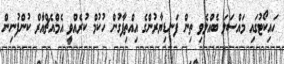
ހައިކޯޓުގައި މައްސަލަ ބެއްލެވި ތިން ފަނޑިޔާރުންގެ އިއްތިފާގުން ހުކުމް ކުރެއްވީ އެމްއެޗްއާރް ކުންފުނިން